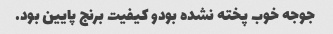
جوجه خوب پخته نشده بودو کیفیت برنج پایین بود.